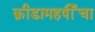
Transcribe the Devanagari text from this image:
क्रीडामहर्षींचा